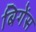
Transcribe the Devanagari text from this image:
बिगेंस